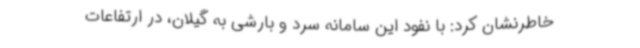
خاطرنشان کرد: با نفود این سامانه سرد و بارشی به گیلان، در ارتفاعات